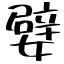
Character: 嬖